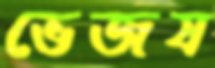
ভেজষ